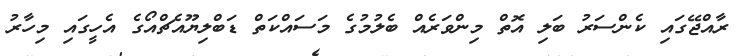
ރާއްޖޭގައި ކެންސަރު ބަލި އޮތް މިންވަރެއް ބެލުމުގެ މަސައްކަތް ޑަބްލިޔޫއެޗްއޯގެ އެހީގައި މިހާރު